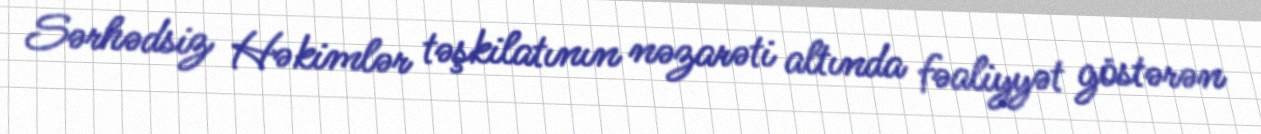
Sərhədsiz Həkimlər təşkilatının nəzarəti altında fəaliyyət göstərən